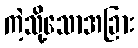
ကဲ့သို့သောအခြား